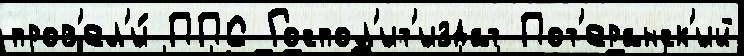
пров'ел'и́ ППС Госпол'ит'издат Пот'еранск'ий